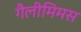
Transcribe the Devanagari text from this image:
गैलीमिमस